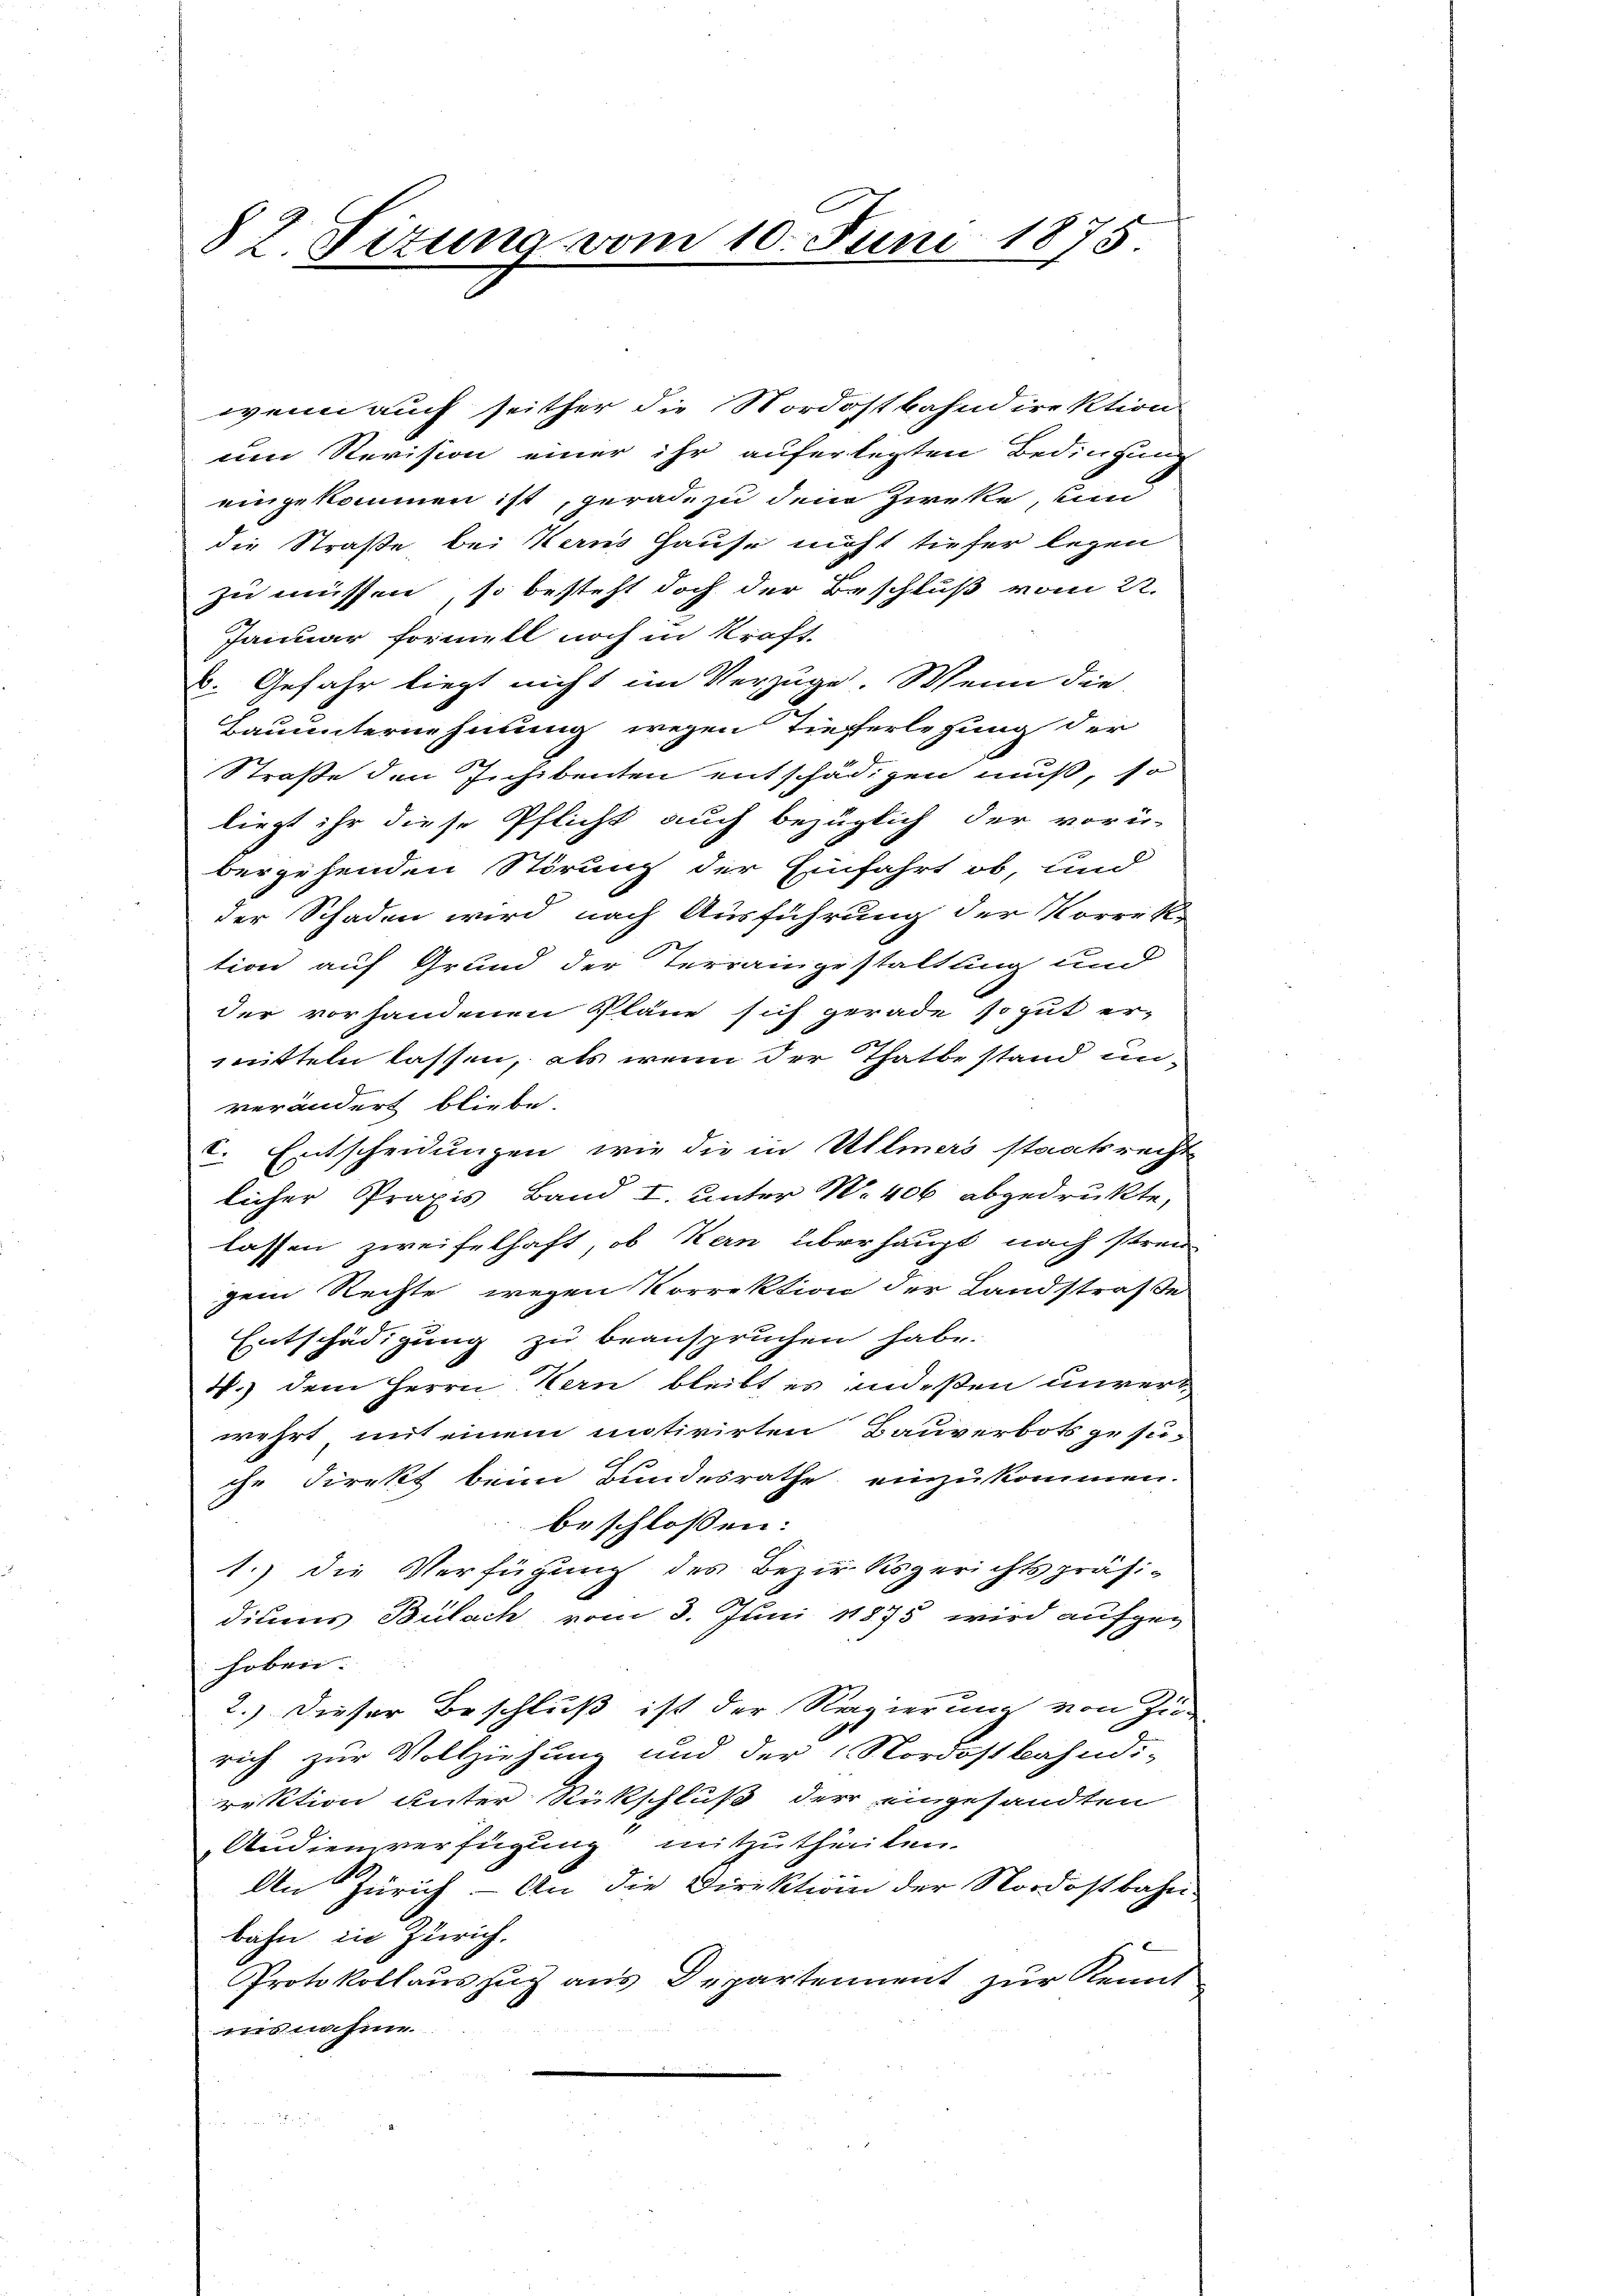
82. Titung vom 10. Juni 1875

wenn auch seither die Nordostbahndirektion
um Revision einer ihr auferlegten Bedingung
eingekommen ist, gerade zu dem Zirke, un
die Straße bei Verns Hause nicht tiefer legen
zu müssen, so besteht doch der Beschluß vom 22.
Januar formell noch in Kraft.
u. Gefahr liegt nicht im Verzüge. Wenn die
Bauunternehmung wegen Tieferlegung der
Straße den Eichibenten entschädigen muß, so
liegt ihr diese Pflicht auch bezüglich der vorü-
bergehenden Störung der Einfahrt ob, und
der Schaden wird nach Ausführung der Korrek-
tion auf Grund der Terraingestaltung und
der vorhandenen Pläne sich gerade so gut er-
mitteln lassen, als wenn der Thatbestand unverändert bliebe.
t. Entscheidungen, wie die in Ullmers staatsrecht
licher Praxis Band I. unter N. 406 abgedrukte,
lassen zweifelhaft, ob Kern überhaupt nach strei
gem Rechte wegen Vorrektion der Landstraße
Entschädigung zu beanspruchen habe.
4.) dem Herrn Kern bleibt es indeßen unverwehrt mit einem motivirten Bauverbots gesu-
che Direkt beim Bundesrathe einzukommen.
beschlossen:
1.) die Verfügung des Bezirksgerichtspräsi-
dines Bülach vom 3. Juni 18875 wird aufgehoben.
2.) Dieser Beschluß ist der Regierung von Zu-
rich zur Vollziehung und der Nordostbahndi-
rektion unter Rückschluß der eingesandten
Audiensverfügung mitzutheilen.
An Zürich - An die Direktion der Nordostbahn-
bahn in Zürich,
Protokollauszug aus Departement zur Kennt
unsnahme